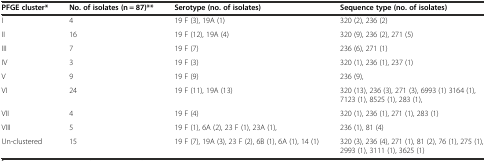
| PFGE cluster* | No. of isolates (n = 87)** | Serotype (no. of isolates) | Sequence type (no. of isolates) |
 | --- | --- | --- | --- |
 | I | 4 | 19 F (3), 19A (1) | 320 (2), 236 (2) |
 | II | 16 | 19 F (12), 19A (4) | 320 (9), 236 (2), 271 (5) |
 | III | 7 | 19 F (7) | 236 (6), 271 (1) |
 | IV | 3 | 19 F (3) | 320 (1), 236 (1), 237 (1) |
 | V | 9 | 19 F (9) | 236 (9), |
 | VI | 24 | 19 F (11), 19A (13) | 320 (13), 236 (3), 271 (3), 6993 (1) 3164 (1), 7123 (1), 8525 (1), 283 (1), |
 | VII | 4 | 19 F (4) | 320 (1), 236 (1), 271 (1), 283 (1) |
 | VIII | 5 | 19 F (1), 6A (2), 23 F (1), 23A (1), | 236 (1), 81 (4) |
 | Un-clustered | 15 | 19 F (7), 19A (3), 23 F (2), 6B (1), 6A (1), 14 (1) | 320 (3), 236 (4), 271 (1), 81 (2), 76 (1), 275 (1), 2993 (1), 3111 (1), 3625 (1) |